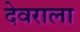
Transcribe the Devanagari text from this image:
देवराला